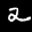
Label: 2